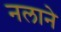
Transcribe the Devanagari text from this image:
नलाने